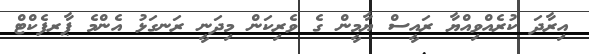
އިރާދަ ކުރެއްވިއްޔާ ރައީސް ޔާމީން ގެ ވެރިކަން މިދަނީ ރަނގަޅު އެންމެ ޕާރފެކްޓް